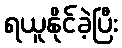
ရယူနိုင်ခဲ့ပြီး